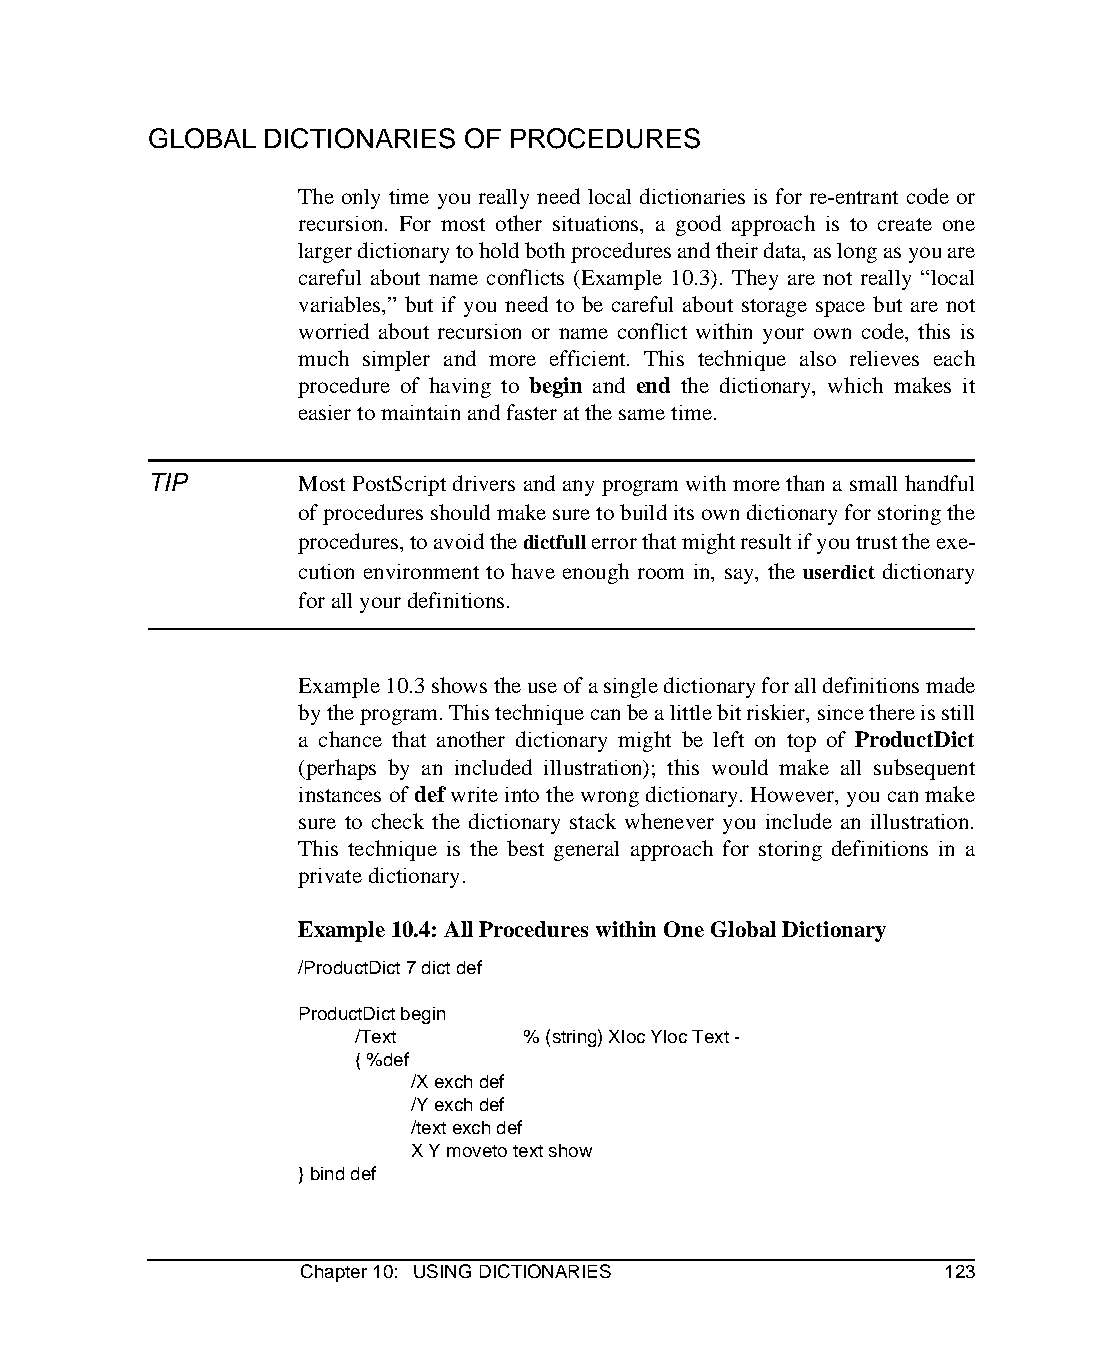
GLOBAL  DICTIONARIES OF PROCEDURES
 The only time you really need local dictionaries is for re-entrant code or
 recursion. For most other situations, a good approach is to create one
 larger dictionary to hold both procedures and their data, as long as you are
 careful about name conflicts (Example 10.3). They are not really “local
 variables,” but if you need to be careful about storage space but are not
 worried about recursion or name conflict within your own code, this is
 much simpler and more efficient. This technique also relieves each
 procedure of having to begin and end the dictionary, which makes it
 easier to maintain and faster at the same time.
 TIP       Most PostScript drivers and any program with more than a small handful
 of procedures should make sure to build its own dictionary for storing the
 procedures, to avoid the dictfull error that might result if you trust the exe-
 cution environment to have enough room in, say, the userdict dictionary
 for all your definitions.
 Example 10.3 shows the use of a single dictionary for all definitions made
 by the program. This technique can be a little bit riskier, since there is still
 a chance that another dictionary might be left on top of ProductDict
 (perhaps by an included illustration); this would make all subsequent
 instances of def write into the wrong dictionary. However, you can make
 sure to check the dictionary stack whenever you include an illustration.
 This technique is the best general approach for storing definitions in a
 private dictionary.
 Example 10.4: All Procedures within One Global Dictionary
 /ProductDict 7 dict def
 ProductDict begin
 /Text      % (string) Xloc Yloc Text -
 { %def
 /X exch def
 /Y exch def
 /text exch def
 X Y moveto text show
 } bind def
 Chapter 10: USING DICTIONARIES            123